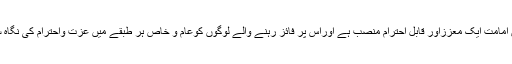
مسلم معاشرے میں امامت ایک معززاور قابلِ احترام منصب ہے اوراس پر فائز رہنے والے لوگوں کوعام و خاص ہر طبقے میں عزت واحترام کی نگاہ سے دیکھاجاتا ہے۔